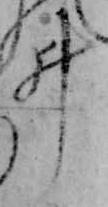
ゐ